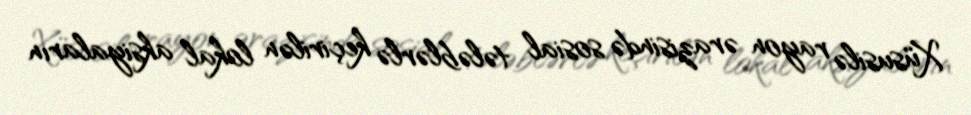
Xüsusilə rayon ərazisində sosial tələblərlə keçirilən lokal aksiyaların